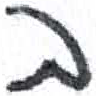
אות: ב